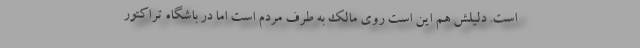
است. دلیلش هم این است روی مالک به طرف مردم است اما در باشگاه تراکتور